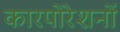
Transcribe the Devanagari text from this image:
कारपोरेशनों